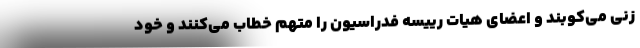
زنی می‌کوبند و اعضای هیات رییسه فدراسیون را متهم خطاب می‌کنند و خود